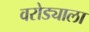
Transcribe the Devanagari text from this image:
वरोड्याला